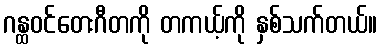
ဂန္ထဝင်တေးဂီတကို တကယ့်ကို နှစ်သက်တယ်။